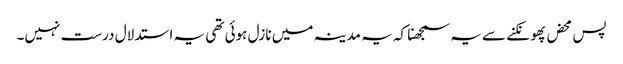
پس محض پھونکنے سے یہ سمجھنا کہ یہ مدینہ میں نازل ہوئی تھی یہ استدلال درست نہیں۔